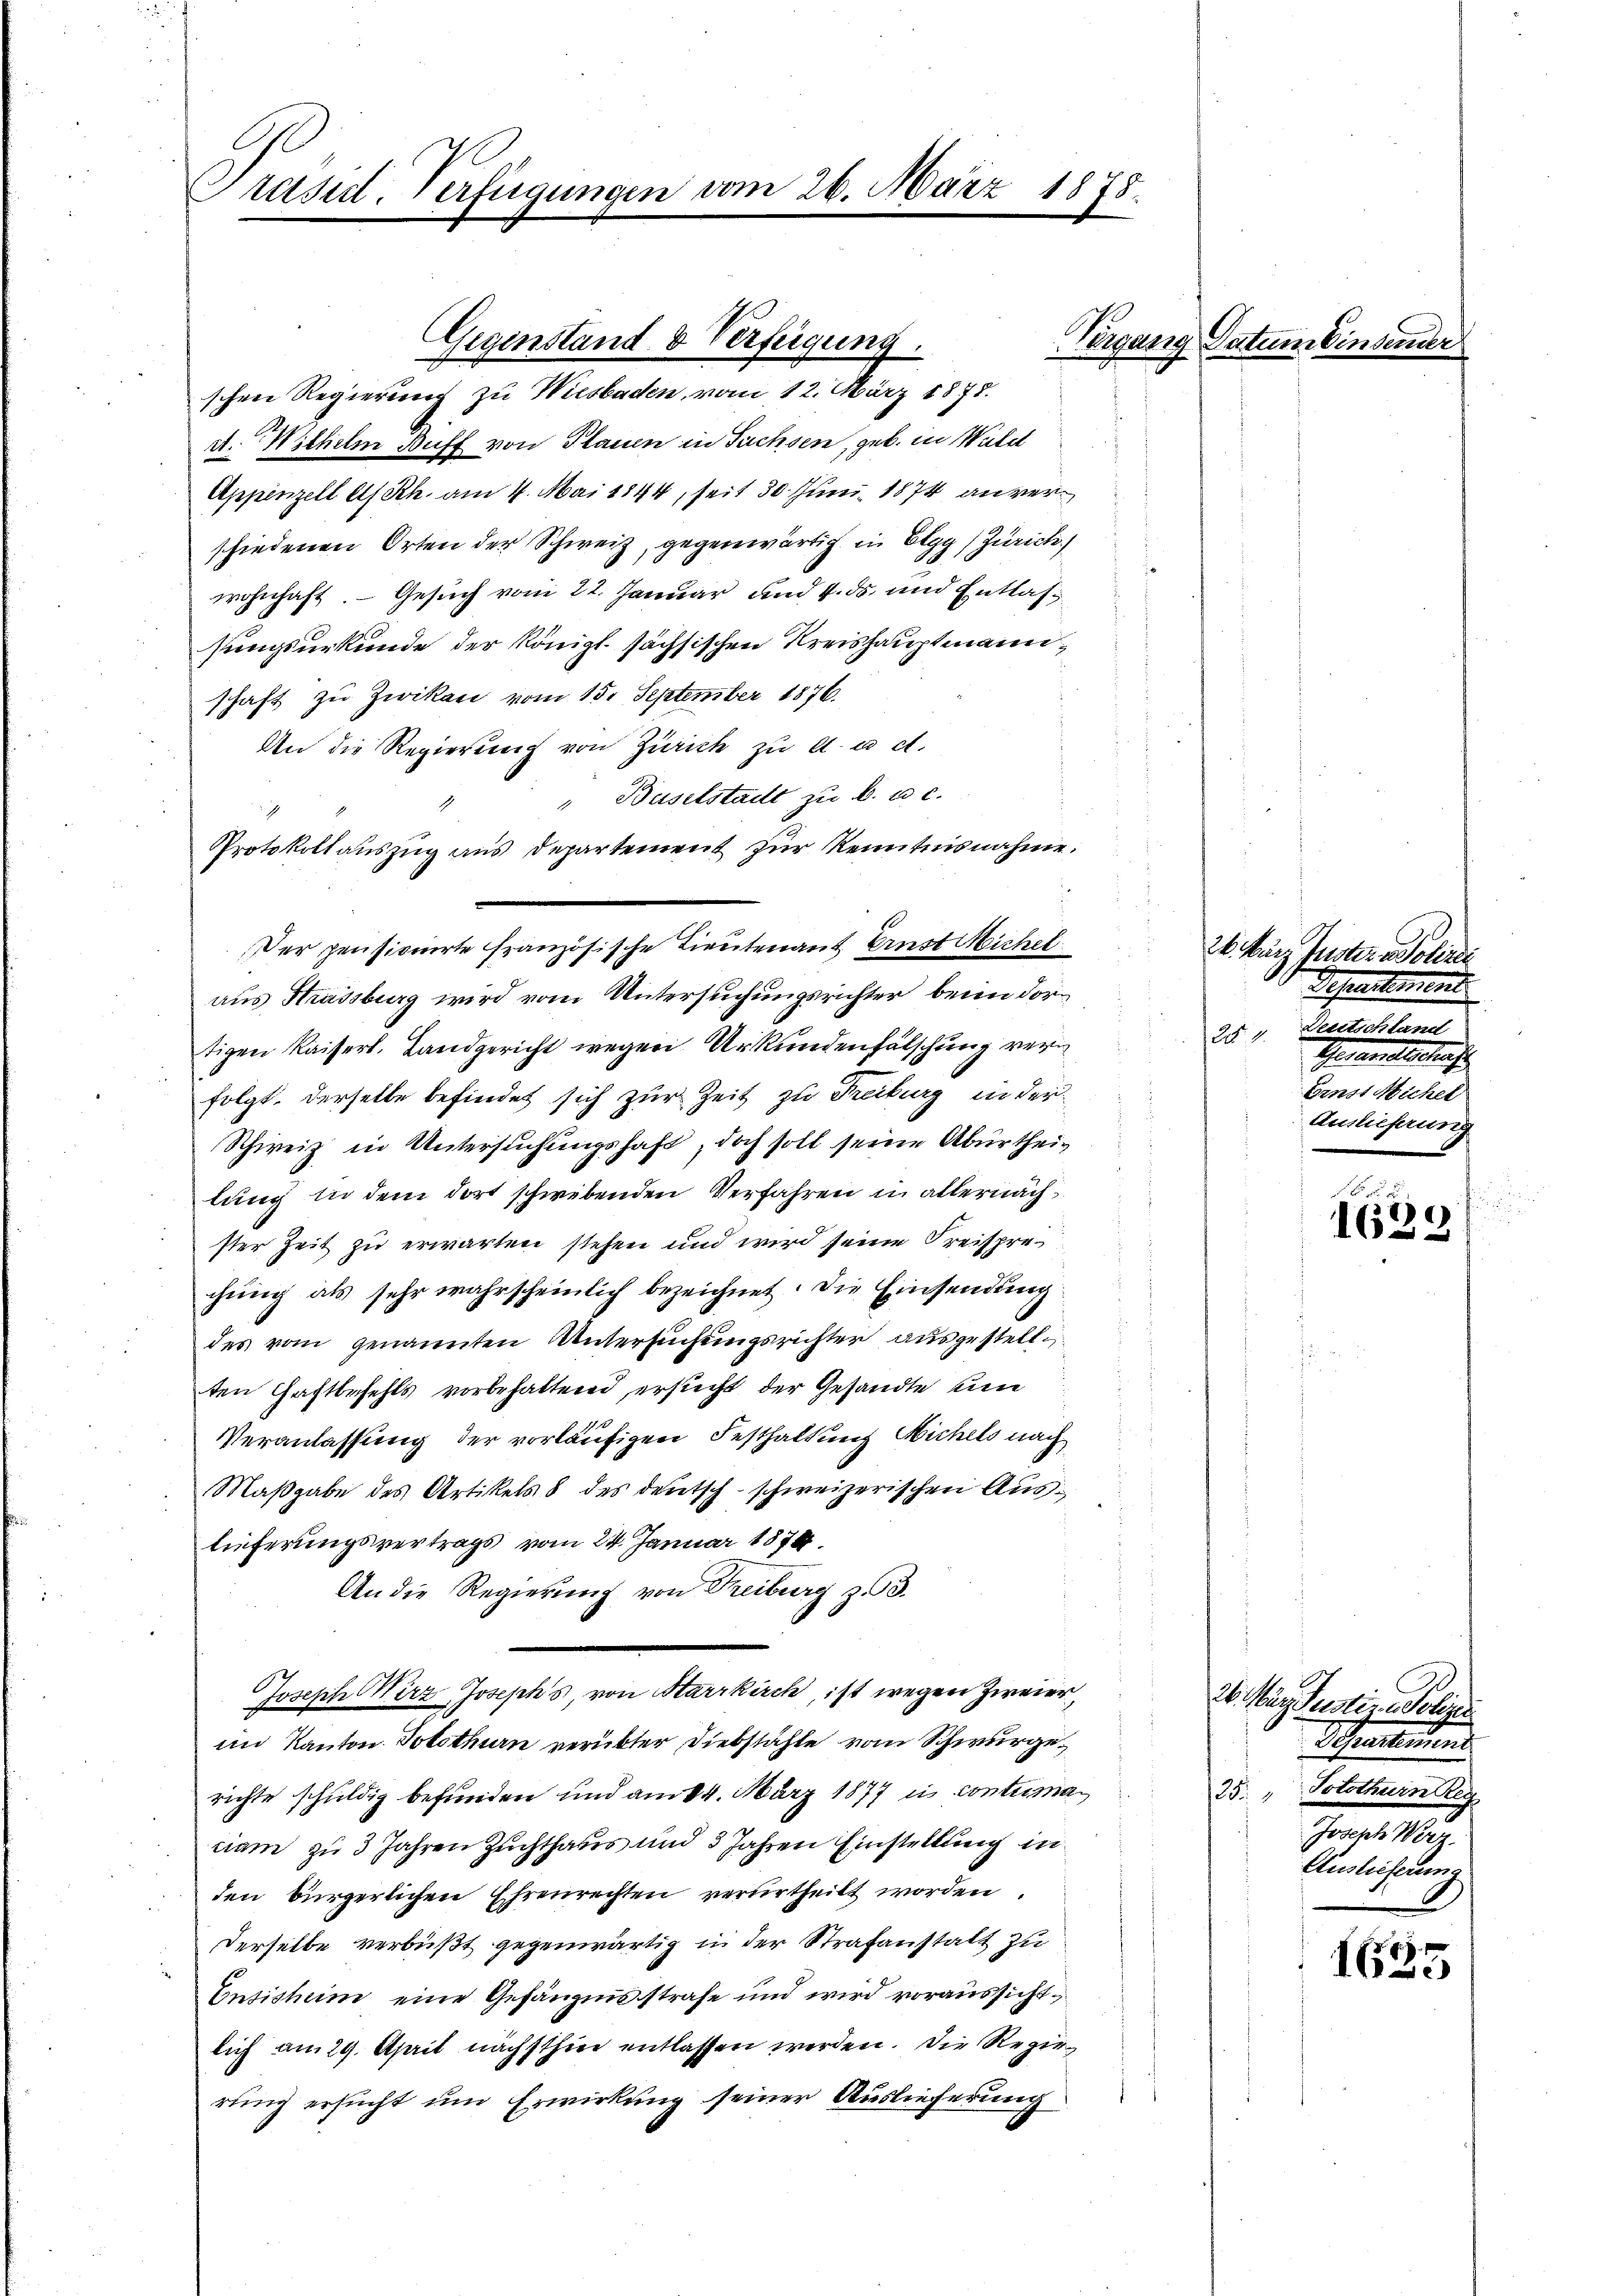
Präsid. Verfügungen vom 26. März 1878.

Gegenstand & Verfügung.
schen Regierung zu Wiesbaden, vom 12. März 1878.

A. Wilhelm Buff von Stauen in Fuchsen, geb. in Walte
Appenzell A/Rh. am 4. Mai 1844, seit 30 Juni 1874 an verschiedenen Orten der Schweiz, gegenwärtig in Elgg (Zürich
wohnhaft - Gesuch vom 22. Januar und 4. ds. und Entlas
sungsurkunde der Königl. sächsischen Kreishauptmannschaft zu Zwikau vom 15. September 1876.
An die Regierung von Zürich zu A. u. et.
Baselstadt zu B. u. c.
1
Protokollauszug aus Departement zur Kenntnisnahme.
aus Strassburg wird vom Untersuchungsrichter, beim dortigen Kaiserl. Landgericht wegen Urkundenfälschung vern
folgt. Derselbe befindet sich zur Zeit zu Freiburg in der
Schweiz in Untersuchungshaft, doch soll seine Aburtheilung in dem dort schwebenden Verfahren in allernächster Zeit zu erwarten stehen und wird seine Freisprechung als sehr wahrscheinlich bezeichnet. Die Einsendung
des vom genannten Untersuchungsrichter ausgestell
ten Haftbefehls vorbehaltend ersucht der Gesandte un
Veranlassung der vorläufigen Festhaltung Michels nach
Maßgabe des Artikel 8 des deutsch-schweizerischen Auslieferungsvertrags vom 24. Januar 1874
An die Regierung von Freiburg z. 93.
Joseph Wirz Joseph's, von Harrkirch, ist wegen Zweier,
im Kanton. Solothurn verübter Diebstähle vom Schwurgerichte schuldig befunden und am 24. März 1877 in contumaciam zu 3 Jahren Zuchthaus und 3 Jahren Einstellung in
den bürgerlichen Ehrenrechten verurtheilt worden.
Derselbe verbüßt gegenwärtig in der Strafanstalt zu
Ensisheim eine Gefängnisstrafe und wird voraussichtlich am 29. April nächsthin entlassen werden. Die Regierung ersucht um Erwirkung seiner Auslieferung

Der pensionirte französische Lieutenant Ernst Michel

Piper

on des
attenge

26. März Iuster Polizei
Schen kommen
25. 1. Deutschland
Gesandtschrif
Ernst Nichel
Auslieferung

16. d. 2.
)
165

26. Manderstin Polize
Schreitins
25. " Votothurn Reg
Joseph Werz
Auslieferung

1635